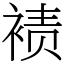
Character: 𫌀